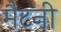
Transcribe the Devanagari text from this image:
मैटनी